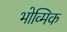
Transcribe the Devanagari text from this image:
भोव्मिक